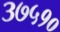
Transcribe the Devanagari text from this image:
३७५१०